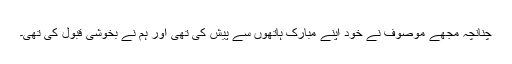
چنانچہ مجھے موصوف نے خود اپنے مبارک ہاتھوں سے پیش کی تھی اور ہم نے بخوشی قبول کی تھی۔